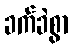
ခက်ခဲစွာ